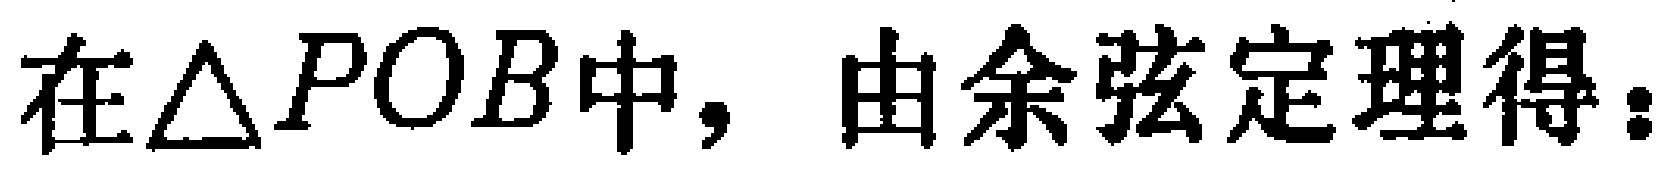
在$\triangle POB$中，由余弦定理得：